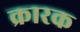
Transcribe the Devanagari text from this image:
क्रारक